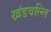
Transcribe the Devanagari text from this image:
खंडवल्लि